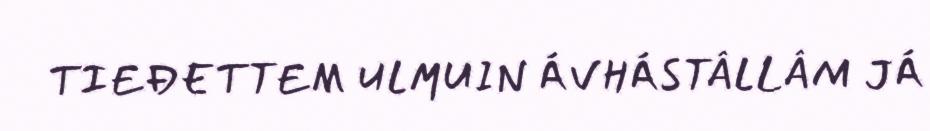
TIEĐETTEM ULMUIN ÁVHÁSTÂLLÂM JÁ